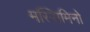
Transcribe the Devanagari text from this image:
मस्सिमिनो